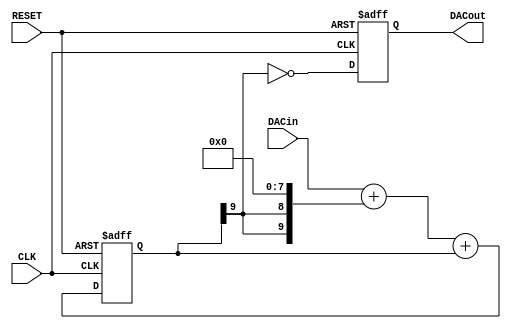
/*
  
   Multicore 2 / Multicore 2+
  
   Copyright (c) 2017-2020 - Victor Trucco

  
   All rights reserved
  
   Redistribution and use in source and synthezised forms, with or without
   modification, are permitted provided that the following conditions are met:
  
   Redistributions of source code must retain the above copyright notice,
   this list of conditions and the following disclaimer.
  
   Redistributions in synthesized form must reproduce the above copyright
   notice, this list of conditions and the following disclaimer in the
   documentation and/or other materials provided with the distribution.
  
   Neither the name of the author nor the names of other contributors may
   be used to endorse or promote products derived from this software without
   specific prior written permission.
  
   THIS CODE IS PROVIDED BY THE COPYRIGHT HOLDERS AND CONTRIBUTORS "AS IS"
   AND ANY EXPRESS OR IMPLIED WARRANTIES, INCLUDING, BUT NOT LIMITED TO,
   THE IMPLIED WARRANTIES OF MERCHANTABILITY AND FITNESS FOR A PARTICULAR
   PURPOSE ARE DISCLAIMED. IN NO EVENT SHALL THE AUTHOR OR CONTRIBUTORS BE
   LIABLE FOR ANY DIRECT, INDIRECT, INCIDENTAL, SPECIAL, EXEMPLARY, OR
   CONSEQUENTIAL DAMAGES (INCLUDING, BUT NOT LIMITED TO, PROCUREMENT OF
   SUBSTITUTE GOODS OR SERVICES; LOSS OF USE, DATA, OR PROFITS; OR BUSINESS
   INTERRUPTION) HOWEVER CAUSED AND ON ANY THEORY OF LIABILITY, WHETHER IN
   CONTRACT, STRICT LIABILITY, OR TORT (INCLUDING NEGLIGENCE OR OTHERWISE)
   ARISING IN ANY WAY OUT OF THE USE OF THIS SOFTWARE, EVEN IF ADVISED OF THE
   POSSIBILITY OF SUCH DAMAGE.
  
   You are responsible for any legal issues arising from your use of this code.
  
*///
// PWM DAC
//
// MSBI is the highest bit number. NOT amount of bits!
//
module sigma_delta_dac #(parameter MSBI=7, parameter INV=1'b1)
(
   output reg      DACout, //Average Output feeding analog lowpass
   input  [MSBI:0] DACin,  //DAC input (excess 2**MSBI)
   input           CLK,
   input           RESET
);

reg [MSBI+2:0] DeltaAdder; //Output of Delta Adder
reg [MSBI+2:0] SigmaAdder; //Output of Sigma Adder
reg [MSBI+2:0] SigmaLatch; //Latches output of Sigma Adder
reg [MSBI+2:0] DeltaB;     //B input of Delta Adder

always @(*) DeltaB = {SigmaLatch[MSBI+2], SigmaLatch[MSBI+2]} << (MSBI+1);
always @(*) DeltaAdder = DACin + DeltaB;
always @(*) SigmaAdder = DeltaAdder + SigmaLatch;

always @(posedge CLK or posedge RESET) begin
   if(RESET) begin
      SigmaLatch <= 1'b1 << (MSBI+1);
      DACout <= INV;
   end else begin
      SigmaLatch <= SigmaAdder;
      DACout <= SigmaLatch[MSBI+2] ^ INV;
   end
end

endmodule